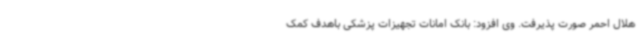
هلال احمر صورت پذیرفت. وی افزود: بانک امانات تجهیزات پزشکی باهدف کمک